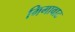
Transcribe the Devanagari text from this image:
गिगावाट